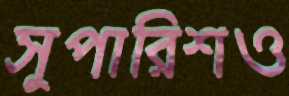
সুপারিশও